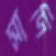
সাদি